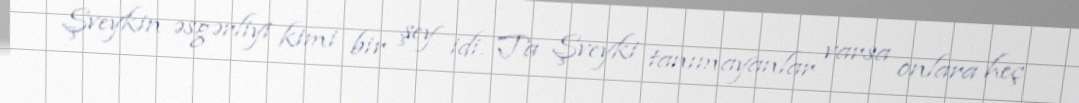
Şveykin əsgərliyi kimi bir şey idi. Ta Şveyki tanımayanlar varsa onlara heç